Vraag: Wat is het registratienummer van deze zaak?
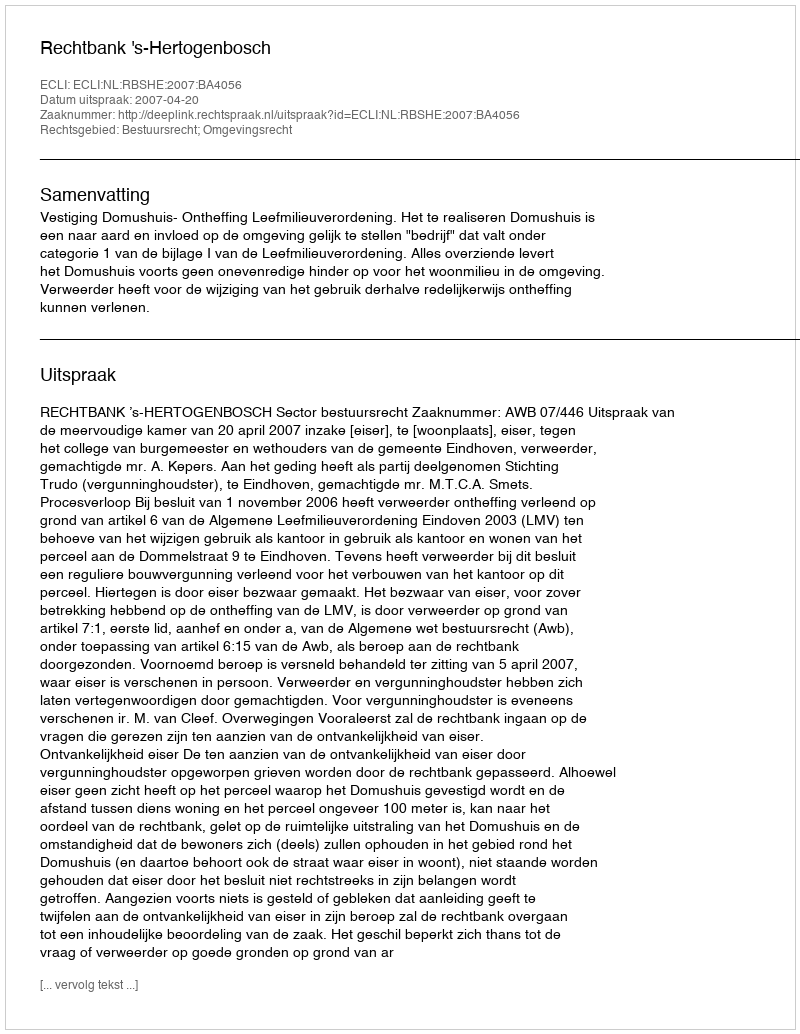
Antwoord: http://deeplink.rechtspraak.nl/uitspraak?id=ECLI:NL:RBSHE:2007:BA4056